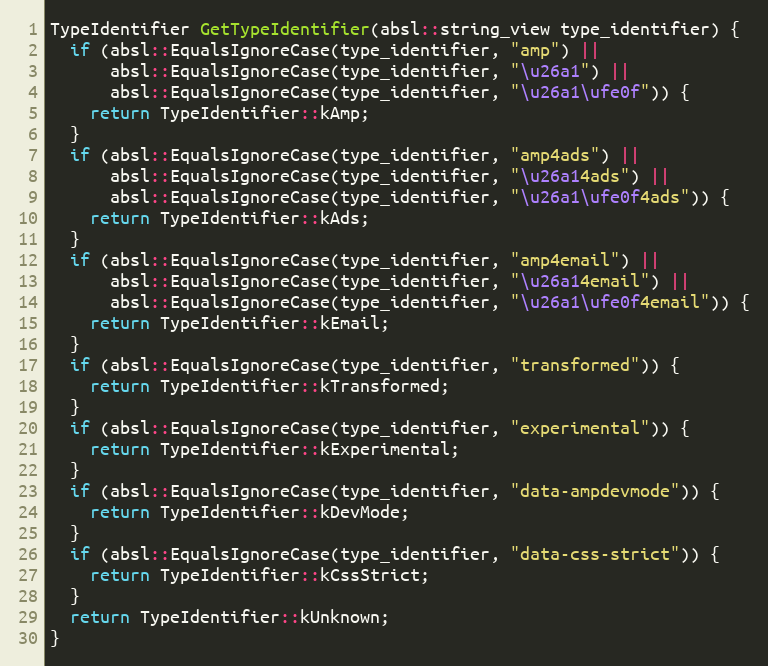
Language: C++
TypeIdentifier GetTypeIdentifier(absl::string_view type_identifier) {
  if (absl::EqualsIgnoreCase(type_identifier, "amp") ||
      absl::EqualsIgnoreCase(type_identifier, "\u26a1") ||
      absl::EqualsIgnoreCase(type_identifier, "\u26a1\ufe0f")) {
    return TypeIdentifier::kAmp;
  }
  if (absl::EqualsIgnoreCase(type_identifier, "amp4ads") ||
      absl::EqualsIgnoreCase(type_identifier, "\u26a14ads") ||
      absl::EqualsIgnoreCase(type_identifier, "\u26a1\ufe0f4ads")) {
    return TypeIdentifier::kAds;
  }
  if (absl::EqualsIgnoreCase(type_identifier, "amp4email") ||
      absl::EqualsIgnoreCase(type_identifier, "\u26a14email") ||
      absl::EqualsIgnoreCase(type_identifier, "\u26a1\ufe0f4email")) {
    return TypeIdentifier::kEmail;
  }
  if (absl::EqualsIgnoreCase(type_identifier, "transformed")) {
    return TypeIdentifier::kTransformed;
  }
  if (absl::EqualsIgnoreCase(type_identifier, "experimental")) {
    return TypeIdentifier::kExperimental;
  }
  if (absl::EqualsIgnoreCase(type_identifier, "data-ampdevmode")) {
    return TypeIdentifier::kDevMode;
  }
  if (absl::EqualsIgnoreCase(type_identifier, "data-css-strict")) {
    return TypeIdentifier::kCssStrict;
  }
  return TypeIdentifier::kUnknown;
}